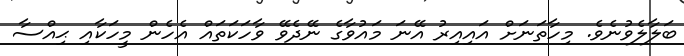
ބަލާލެވުނެވެ. މިހާތަނަށް އައިއިރު އޭނަ މައުވާގެ ނޭދެވޭ ވާހަކަތައް އެހެން މީހަކާއި ޙިއްސާ